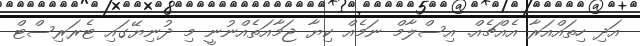
އަދި ހިތައްއަރާ އެއްޗެއް. އިސްލާމް ނަމެއް ކިޔާ ޖަމާއަތެއްނުނީ މި ދުނިޔޭގައި ޓެރަރިސްޓް